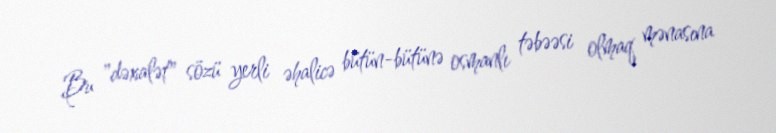
Bu "dəxalət" sözü yerli əhalicə bütün-bütünə osmanlı təbəəsi olmaq mənasına